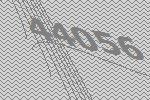
44056